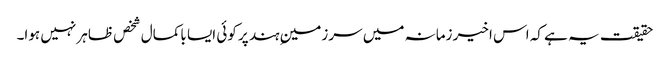
حقیقت یہ ہے کہ اس اخیر زمانہ میں سرزمینِ ہند پر کوئی ایسا باکمال شخص ظاہر نہیں ہوا۔